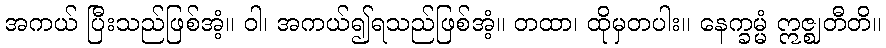
အကယ် ပြီးသည်ဖြစ်အံ့။ ဝါ၊ အကယ်၍ရသည်ဖြစ်အံ့။ တထာ၊ ထိုမှတပါး။ နေက္ခမ္မံ ဣဇ္ဈတီတိ။